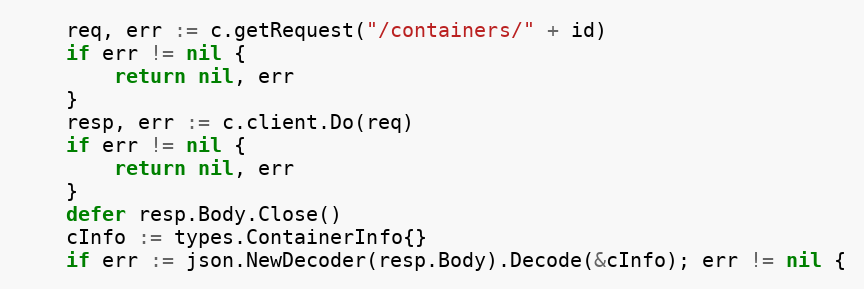
Language: Go
	req, err := c.getRequest("/containers/" + id)
	if err != nil {
		return nil, err
	}
	resp, err := c.client.Do(req)
	if err != nil {
		return nil, err
	}
	defer resp.Body.Close()
	cInfo := types.ContainerInfo{}
	if err := json.NewDecoder(resp.Body).Decode(&cInfo); err != nil {